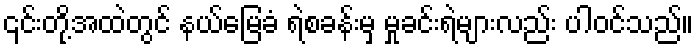
၎င်းတို့အထဲတွင် နယ်မြေခံ ရဲစခန်းမှ မှုခင်းရဲများလည်း ပါဝင်သည်။